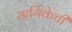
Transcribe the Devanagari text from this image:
मार्गिकेची